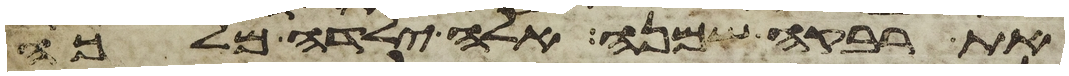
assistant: את רבקה שמנה אלה ילדה מלכה